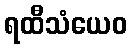
ရထီသံယေဝ